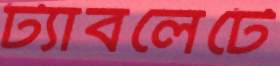
ট্যাবলেটে